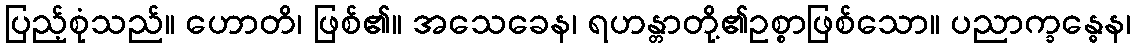
ပြည့်စုံသည်။ ဟောတိ၊ ဖြစ်၏။ အသေခေန၊ ရဟန္တာတို့၏ဥစ္စာဖြစ်သော။ ပညာက္ခန္ဓေန၊